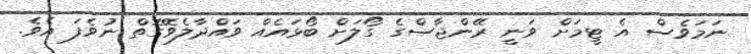
ނަމަވެސް އެ ޓީމަށް ވަނީ ރޭންޖާސްގެ ގޯލަށް ބޯޅައެއް ވައްދާލެވޭގޮތް ނުވެފަ އެވެ.